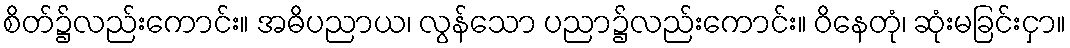
စိတ်၌လည်းကောင်း။ အဓိပညာယ၊ လွန်သော ပညာ၌လည်းကောင်း။ ဝိနေတုံ၊ ဆုံးမခြင်းငှာ။